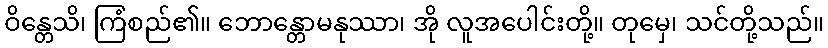
ဝိန္တေသိ၊ ကြံစည်၏။ ဘောန္တောမနုဿာ၊ အို လူအပေါင်းတို့။ တုမှေ၊ သင်တို့သည်။